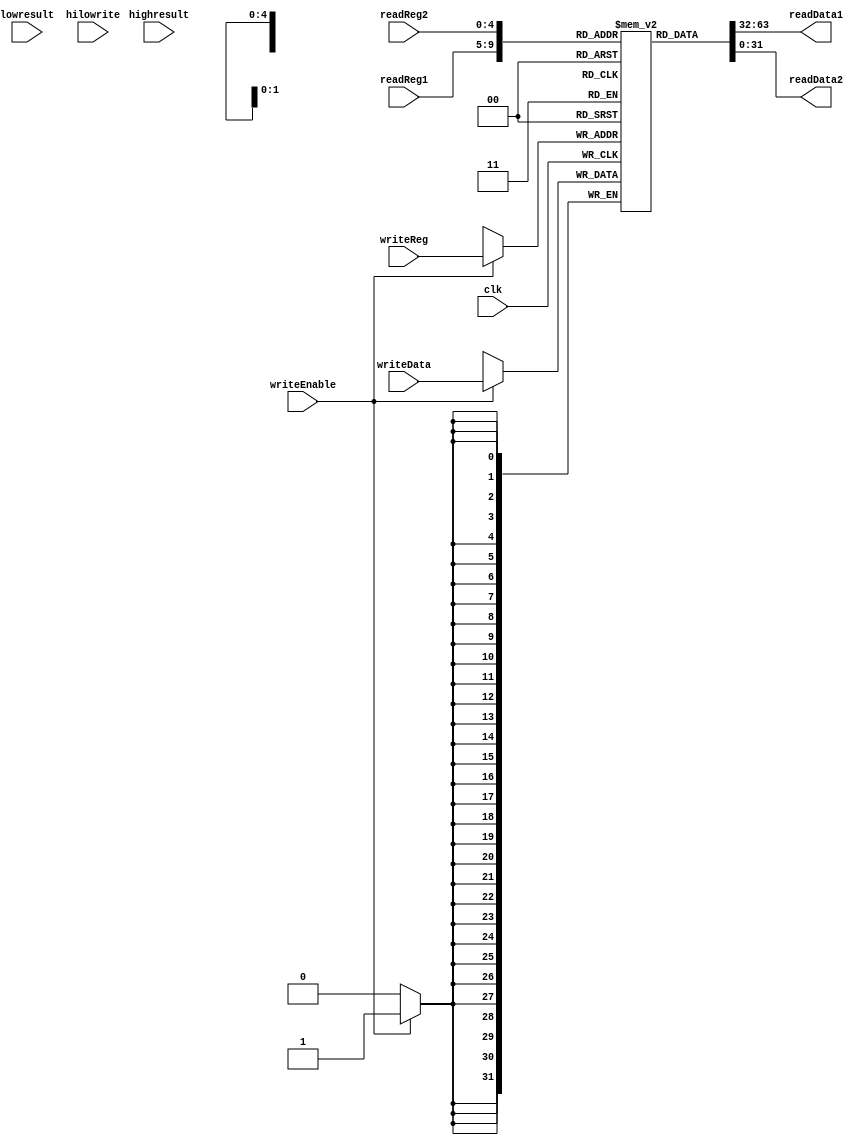
module RegisterFile (
  input wire [4:0] readReg1, // Read register 1 address
  input wire [4:0] readReg2, // Read register 2 address
  input wire [4:0] writeReg, // Write register address
  input wire [31:0] writeData, // Data to write
  // below are added
  input wire [31:0] highresult,
  input wire [31:0] lowresult,
  // above are added
  input wire writeEnable, // Write enable signal
  input wire hilowrite,
  input wire clk, // Clock signal
  output wire [31:0] readData1, // Data from read register 1
  output wire [31:0] readData2 // Data from read register 2
);
  reg [31:0] registers [31:0]; // 32 32-bit registers
  reg [31:0] HI;
  reg [31:0] LO;
  integer i;

  // initial begin
  //   // Initialize all registers to 0
  //   for (i = 0; i < 32; i = i + 1) begin
  //     registers[i] = 32'h00000001;
  //   end
  // end

  assign readData1 = registers[readReg1];
  assign readData2 = registers[readReg2];

  always @(posedge clk) begin
    // Write data to the register if writeEnable is high
    if (writeEnable) begin
      registers[writeReg] <= writeData;
    end

    if (hilowrite) begin
      HI <= highresult;
      LO <= lowresult;
    end
  end
endmodule

module PC(
  input wire [31:0] nextInstructionAddress,
  input wire pcWrite,
  input wire clk,
  output wire [31:0] currentInstructionAddress
);
  reg [31:0] programCounter;

  initial begin
    programCounter <= 32'h00000000;
  end

  always @(posedge clk) begin
    if (pcWrite) begin
      #0.1
      programCounter <= nextInstructionAddress;
    end
  end

  assign currentInstructionAddress = programCounter;

endmodule

module InstructionRegister(
  input wire [31:0] nextInstruction,
  input wire irWrite,
  input wire clk,
  output wire [31:0] currentInstruction
);
  reg [31:0] instructionRegister;

  initial begin
    instructionRegister <= 32'h00000000;
  end

  always @(posedge clk) begin
    if (irWrite) begin
      instructionRegister <= nextInstruction;
    end
  end

  assign currentInstruction = instructionRegister;

endmodule


module StateRegister(
  input wire [3:0] nextInstructionAddress,
  input wire clk,
  output wire [3:0] currentInstructionAddress
);
  reg [3:0] currentStateRegister;

  assign currentInstructionAddress = currentStateRegister;

  initial begin
    currentStateRegister <= 32'h00000000;
  end

  always @(posedge clk) begin
    currentStateRegister <= nextInstructionAddress;
  end
endmodule

module TemporaryRegister_32bit(
  input wire [31:0] nextData,
  input wire clk,
  output wire [31:0] currentData
);
  reg [31:0] temporaryRegister;

  initial begin
    temporaryRegister <= 32'h00000000;
  end

  always @(posedge clk) begin
    temporaryRegister <= nextData;
  end

  assign currentData = temporaryRegister;
  
endmodule